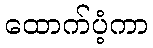
ထောက်ပံ့ကာ